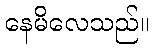
နေမိလေသည်။